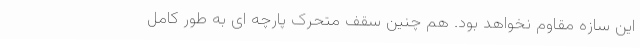
این سازه مقاوم نخواهد بود. هم چنین سقف متحرک پارچه ای به طور کامل